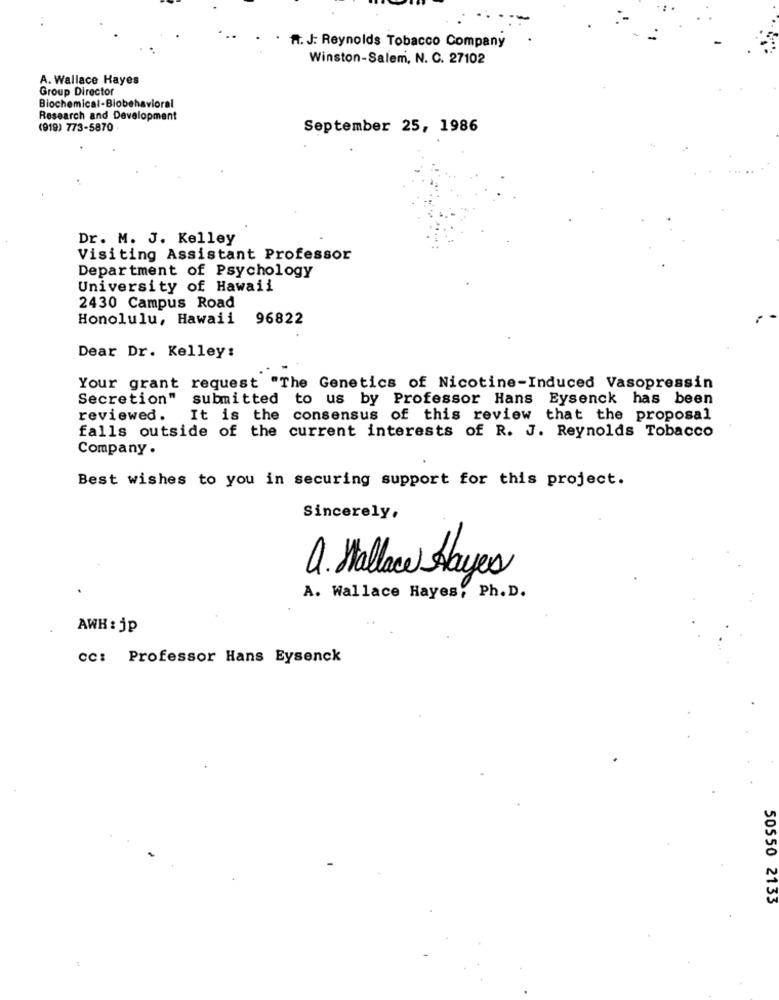
R. J. Reynolds Tobacco Company
Winston-Salem, N. C. 27102
A. Wallace Hayes
Group Director
Biochemical-Biobehavioral
Research and Development
(919) 773-5870 .
September 25, 1986
Dr. M. J. Kelley
Visiting Assistant Professor
Department of Psychology
University of Hawaii
2430 Campus Road
Honolulu, Hawaii 96822
Dear Dr. Kelley:
Your grant request "The Genetics of Nicotine-Induced Vasopressin
Secretion" submitted to us by Professor Hans Eysenck has been
reviewed.
It is the consensus of this review that the proposal
falls outside of the current interests of R. J. Reynolds Tobacco
Company.
Best wishes to you in securing support for this project.
Sincerely,
a. Wallace Hayes
A. Wallace Hayes, Ph. D.
AWH : jp
cc: Professor Hans Eysenck
50550 2133